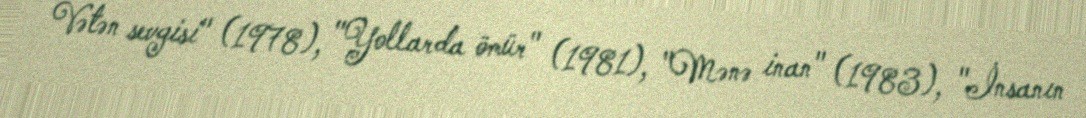
Vətən sevgisi" (1978), "Yollarda ömür" (1981), "Mənə inan" (1983), "İnsanın